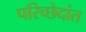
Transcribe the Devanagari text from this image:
परिच्छेदांत